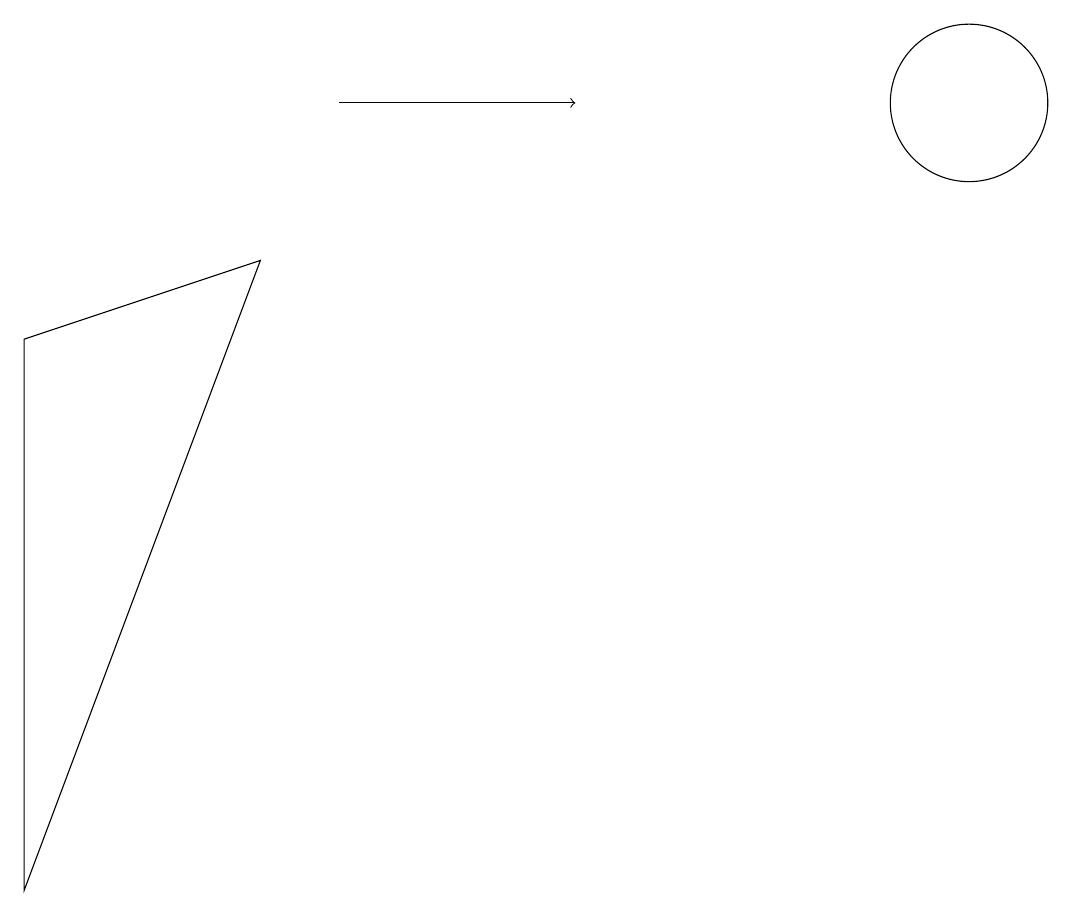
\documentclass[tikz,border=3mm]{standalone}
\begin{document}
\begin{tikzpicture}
\draw[->] (4,10) -- (7,10);
\draw (0,0) -- (3,8) -- (0,7) -- cycle;
\draw (12,10) circle (1);
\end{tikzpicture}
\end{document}